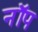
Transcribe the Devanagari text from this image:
नॉप